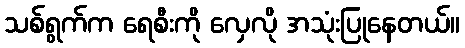
သစ်ရွက်က ရေစီးကို လှေလို အသုံးပြုနေတယ်။